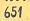
651